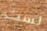
لست